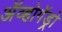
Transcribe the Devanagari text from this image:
अॅव्होगॅड्रो